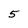
Character: 5